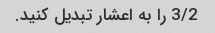
3/2 را به اعشار تبدیل کنید.